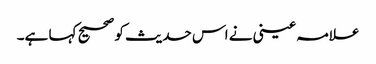
علامہ عینی نے اس حدیث کو صحیح کہا ہے۔